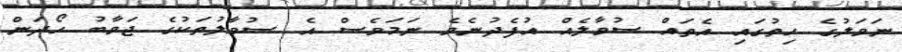
ނަވަލުގެ ހިތުގައި އެތައް ސުވާލެއް އުފެދުނެވެ ނަމަވެސް އެ ސުވާލުތަކުގެ ޖަވާބު ހޯދަން